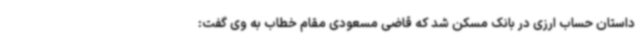
داستان حساب ارزی در بانک مسکن شد که قاضی مسعودی مقام خطاب به وی گفت: